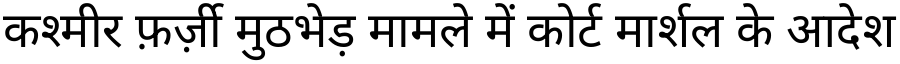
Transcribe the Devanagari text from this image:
कश्मीर फ़र्ज़ी मुठभेड़ मामले में कोर्ट मार्शल के आदेश